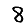
Digit: 8